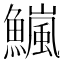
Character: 𫙹